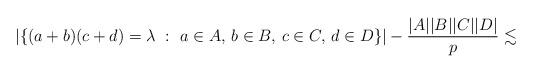
LaTeX: \begin{align*}|\{ (a+b) (c+d) = \lambda ~:~ a\in A,\, b\in B,\, c\in C,\, d\in D \}| - \frac{|A||B||C||D|}{p} \lesssim \end{align*}